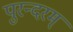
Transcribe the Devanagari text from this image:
पुरन्दरम्